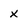
Character: x